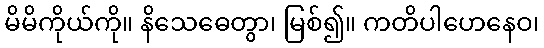
မိမိကိုယ်ကို။ နိသေဓေတွာ၊ မြစ်၍။ ကတိပါဟေနေဝ၊